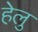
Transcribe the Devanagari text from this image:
हेलु